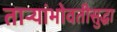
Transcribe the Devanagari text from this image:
ताऱ्यांभोवतीसुद्धा